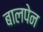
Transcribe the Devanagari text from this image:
बालपेन